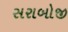
સરાબોજી